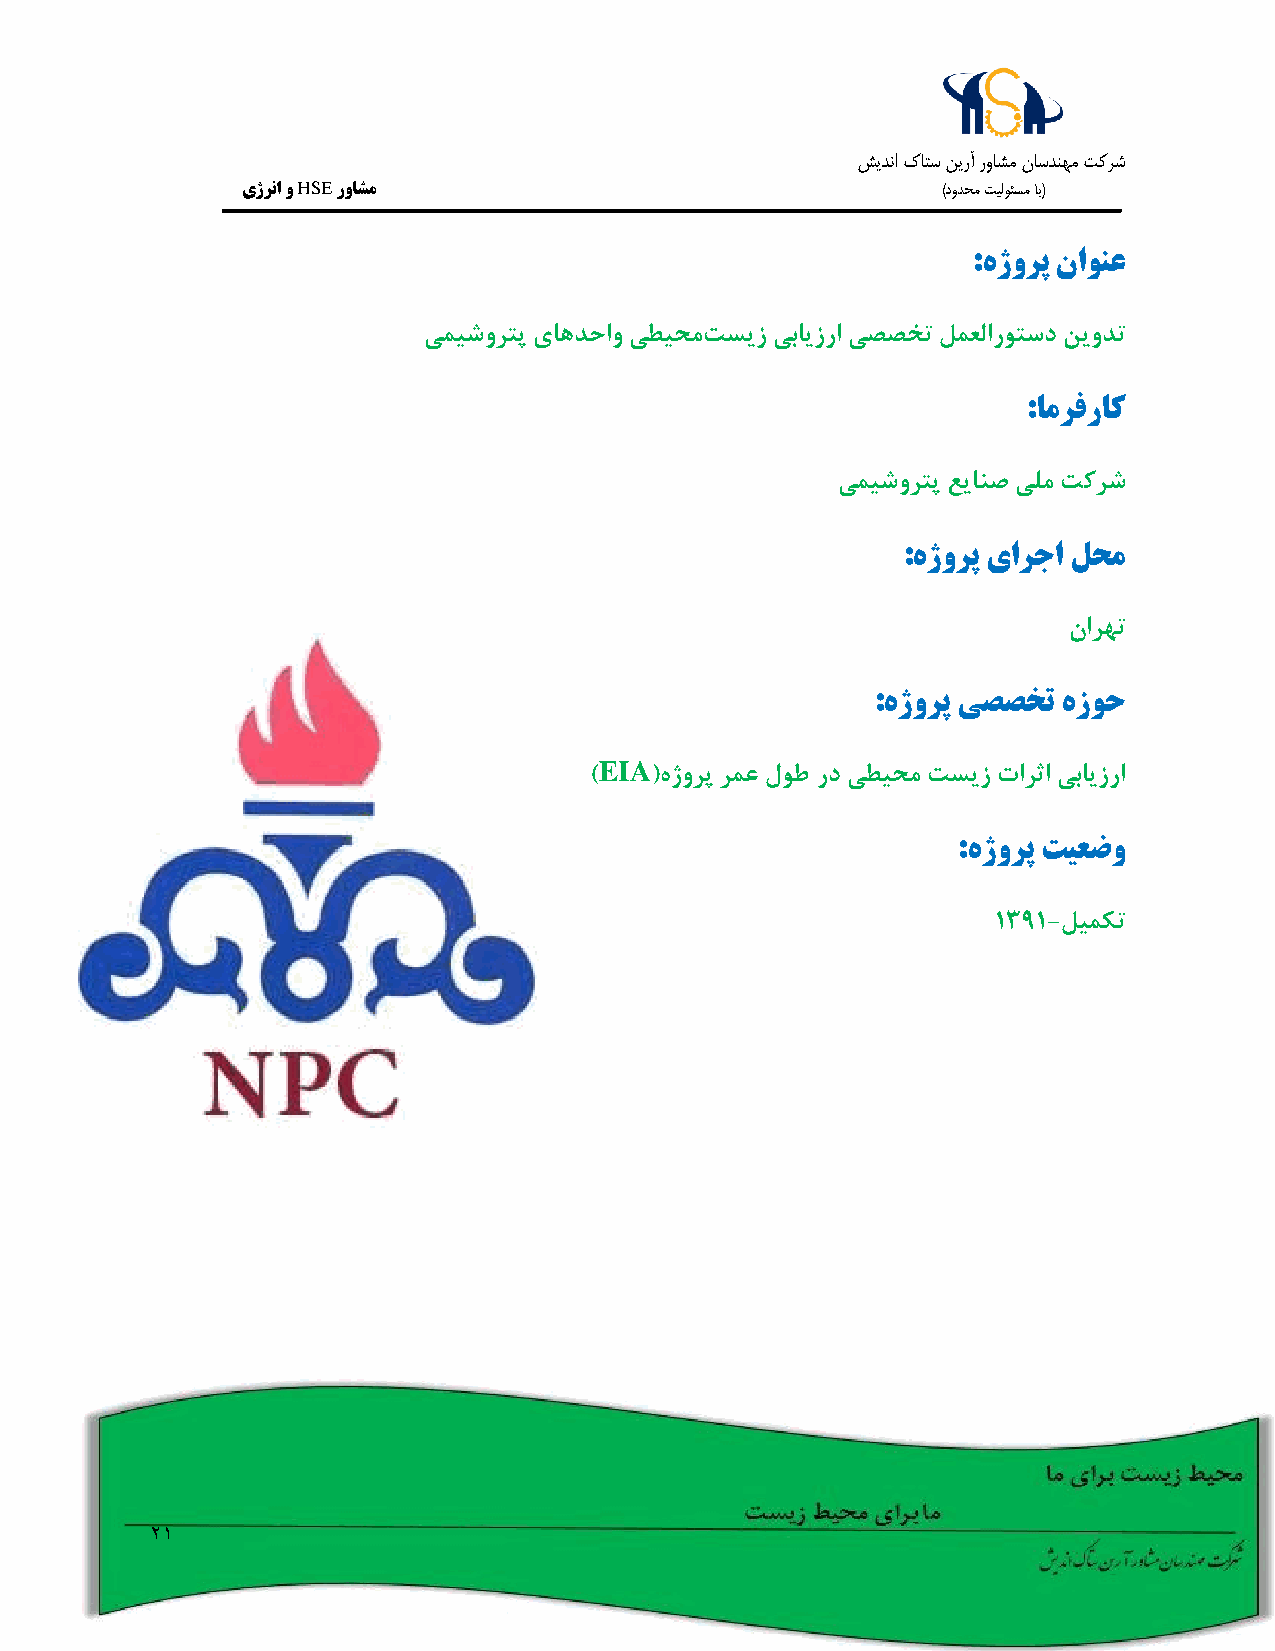
شيدنا كاتس نيرآ رواشم ناسدنهم تکرش
 یژرنا و HSE رواشم                             )دودحم تيلوئسم اب(
 :هژورپ ناونع
 یمیشورتپ یاهدحاو یطیحمتسیز یبایزرا یصصخت لمعلاروتسد نیودت
 :امرفراک
 یمیشورتپ عیانص یلم تکرش
 :هژورپ یارجا لحم
 نارهت
 :هژورپ یصصخت هزوح
 EIA
 )   (هژورپ رمع لوط رد یطیحم تسیز تارثا یبایزرا
 :هژورپ تیعضو
 1391-لیمکت
 21